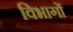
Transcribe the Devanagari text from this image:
विभागों